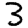
Digit: 3